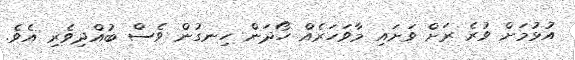
އުޅުމަށް ވުރެ ރަށް ވަށައި މާވަހަރެއް ހޯދަން ހިނގުން ވެސް ބުއްދިވެރި އެވެ.